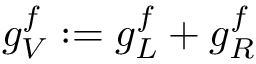
g _ { V } ^ { f } : = g _ { L } ^ { f } + g _ { R } ^ { f }